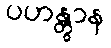
ပဟန္တွာန